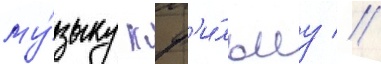
му́зыку к ф'и́льму //